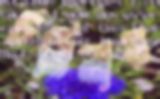
চলিলাম